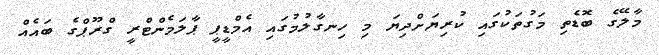
މާލޭގެ ބޮޑެތި މަގުތަކުގައި ކުރިޔަށްދިޔަ މި ހިނގާލުމުގައި އެމްޑީޕީ ޕާލަމެންޓްރީ ގްރޫޕްގެ ބައެއް